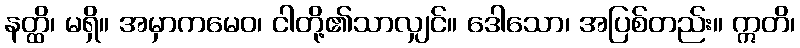
နတ္ထိ၊ မရှိ။ အမှာကမေဝ၊ ငါတို့၏သာလျှင်။ ဒေါသော၊ အပြစ်တည်း။ ဣတိ၊